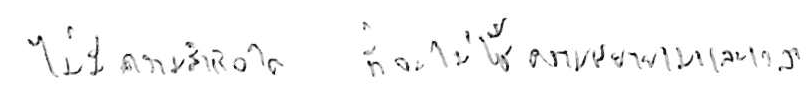
ไม่มีความสำเร็จใด ที่จะไม่ใช้ความพยายามและเวลา